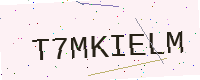
Text: T7MKIELM